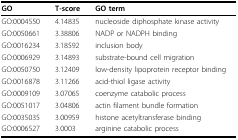
<table><thead><tr><td><b>GO</b></td><td><b>T-score</b></td><td><b>GO term</b></td></tr></thead><tbody><tr><td>GO:0004550</td><td>4.14835</td><td>nucleoside diphosphate kinase activity</td></tr><tr><td>GO:0050661</td><td>3.38806</td><td>NADP or NADPH binding</td></tr><tr><td>GO:0016234</td><td>3.18592</td><td>inclusion body</td></tr><tr><td>GO:0006929</td><td>3.14893</td><td>substrate-bound cell migration</td></tr><tr><td>GO:0050750</td><td>3.12409</td><td>low-density lipoprotein receptor binding</td></tr><tr><td>GO:0016878</td><td>3.11266</td><td>acid-thiol ligase activity</td></tr><tr><td>GO:0009109</td><td>3.07065</td><td>coenzyme catabolic process</td></tr><tr><td>GO:0051017</td><td>3.04806</td><td>actin filament bundle formation</td></tr><tr><td>GO:0035035</td><td>3.00959</td><td>histone acetyltransferase binding</td></tr><tr><td>GO:0006527</td><td>3.0003</td><td>arginine catabolic process</td></tr></tbody></table>